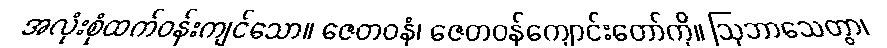
အလုံးစုံထက်ဝန်းကျင်သော။ ဇေတဝနံ၊ ဇေတဝန်ကျောင်းတော်ကို။ ဩဘာသေတွာ၊